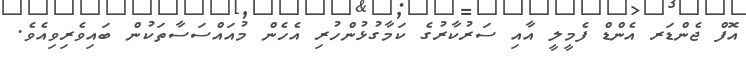
އޮފް ޖެންޑަރ އެންޑް ފެމީލީ އާއި ސަރުކާރުގެ ކަމާގުޅުންހުރި އެހެން މުއައްސަސާތަކުން ބައިވެރިވިއެވެ.